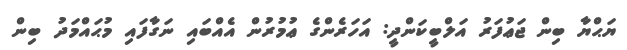
ޔަޙްޔާ ބިން ޖަޢުފަރު އަލްބީކަންދީ: އަހަރެންގެ ޢުމުރުން އެއްބައި ނަގާފައި މުޙައްމަދު ބިން